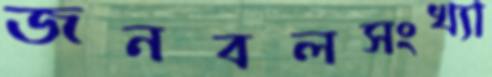
জনবলসংখ্যা